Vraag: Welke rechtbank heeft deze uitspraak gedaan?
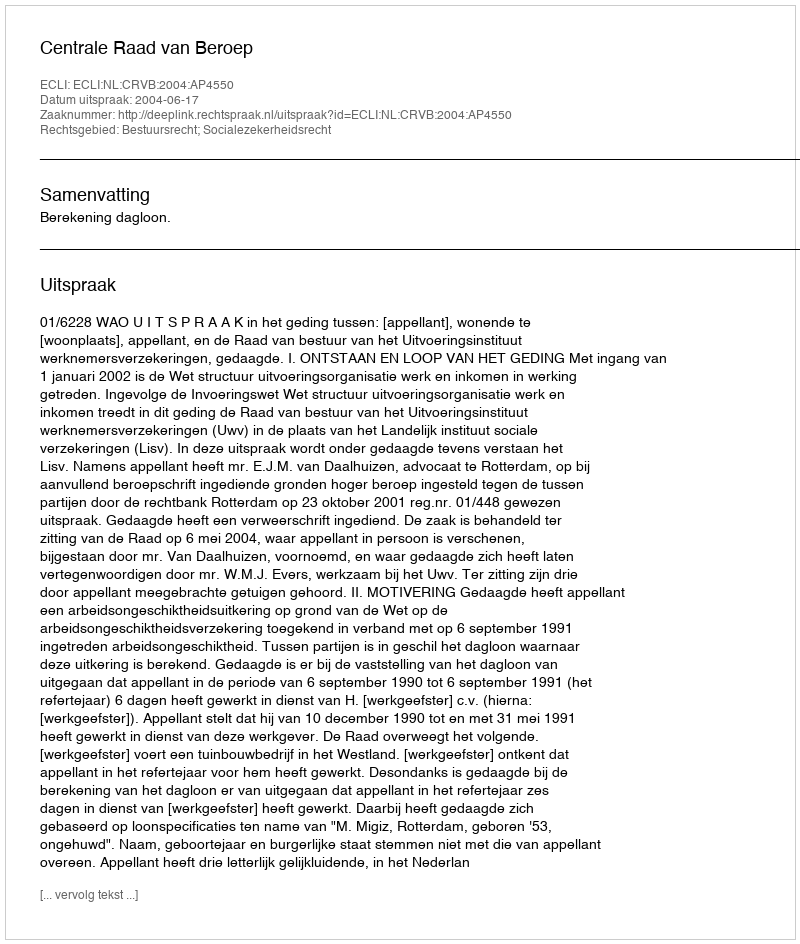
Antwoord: Centrale Raad van Beroep